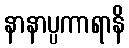
နာနာပ္ပကာရာနိ